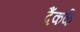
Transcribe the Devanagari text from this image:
दैंकर्क